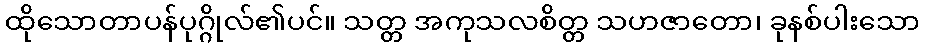
ထိုသောတာပန်ပုဂ္ဂိုလ်၏ပင်။ သတ္တ အကုသလစိတ္တ သဟဇာတော၊ ခုနစ်ပါးသော